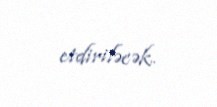
etdiriləcək.